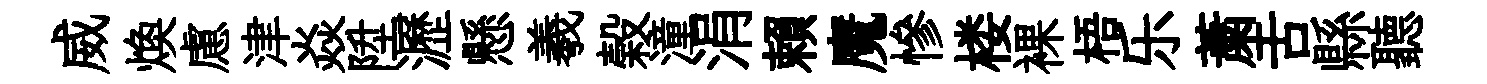
威焕慮津焱陞瀝懸羲榖潼涓賴魔慘楼裸梧乐䔥舌縣聽